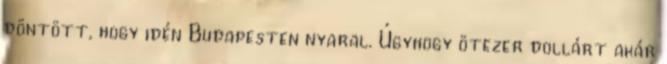
döntött, hogy idén Budapesten nyaral. Úgyhogy ötezer dollárt akár